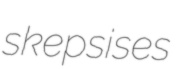
skepsises